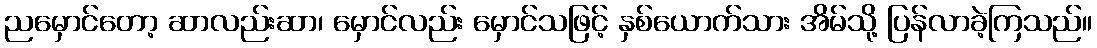
ညမှောင်တော့ ဆာလည်းဆာ၊ မှောင်လည်း မှောင်သဖြင့် နှစ်ယောက်သား အိမ်သို့ ပြန်လာခဲ့ကြသည်။